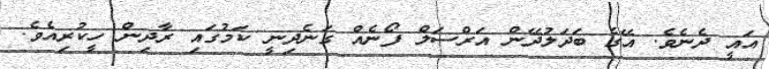
އައީ ދެނެވެ. އޭގެ ބަދަލުދޭން އަރްސަލް ފޯނެއް ގަނެދިނީ ކަމުގައި ރާދިން ހީކުރިއެވެ.